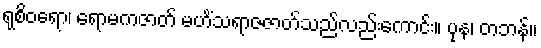
ရုစိဝရော၊ ရောမကဇာတ် မဟိံသရာဇဇာတ်သည်လည်းကောင်း။ ပုန၊ တဘန်။